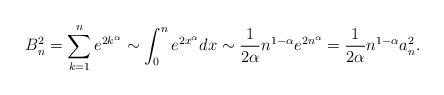
LaTeX: \begin{align*}B_n^2 = \sum_{k=1}^n e^{2k^\alpha}\sim \int_0^n e^{2x^\alpha}dx\sim \frac1{2\alpha} n^{1-\alpha} e^{2n^\alpha}= \frac1{2\alpha} n^{1-\alpha} a_n^2.\end{align*}